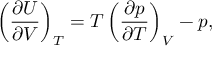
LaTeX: \left( { \frac { \partial U } { \partial V } } \right) _ { T } = T \left( { \frac { \partial p } { \partial T } } \right) _ { V } - p ,